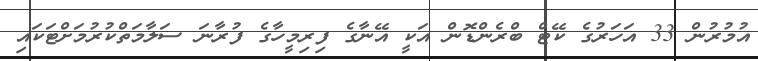
އުމުރުން 33 އަހަރުގެ ކޭޓް ބްރެންޑޮން އަކީ އޭނާގެ ފިރިމީހާގެ ފުރާނަ ސަލާމަތްކުރުމަށްޓަކައި